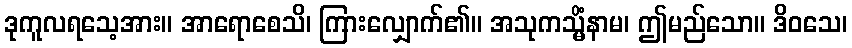
ဒုကူလရသေ့အား။ အာရောစေသိ၊ ကြားလျှောက်၏။ အသုကသ္မိံနာမ၊ ဤမည်သော။ ဒိဝသေ၊